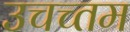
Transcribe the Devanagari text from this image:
उचच्तम